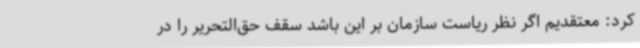
کرد: معتقدیم اگر نظر ریاست سازمان بر این باشد سقف حق‌التحریر را در